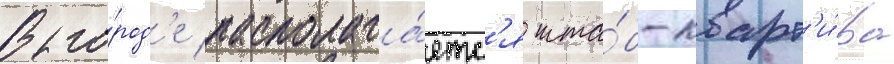
В го́род'е располага́етс'я шта́б-кварт'и́ра